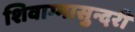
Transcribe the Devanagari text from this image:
शिवाग्मासुन्दरी